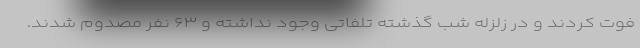
فوت کردند و در زلزله شب گذشته تلفاتی وجود نداشته و ۶۳ نفر مصدوم شدند.